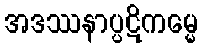
အဒဿနာပ္ပဋိကမ္မေ